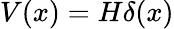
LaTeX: V(x)=H\delta(x)